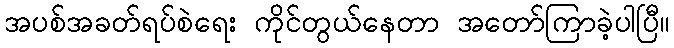
အပစ်အခတ်ရပ်စဲရေး ကိုင်တွယ်နေတာ အတော်ကြာခဲ့ပါပြီ။